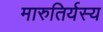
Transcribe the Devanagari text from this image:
मारुतिर्यस्य